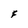
Character: F